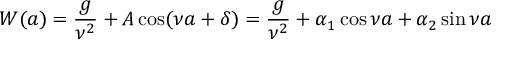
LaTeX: W ( a ) = \frac { g } { \nu ^ { 2 } } + A \cos ( \nu a + \delta ) = \frac { g } { \nu ^ { 2 } } + \alpha _ { 1 } \cos \nu a + \alpha _ { 2 } \sin \nu a